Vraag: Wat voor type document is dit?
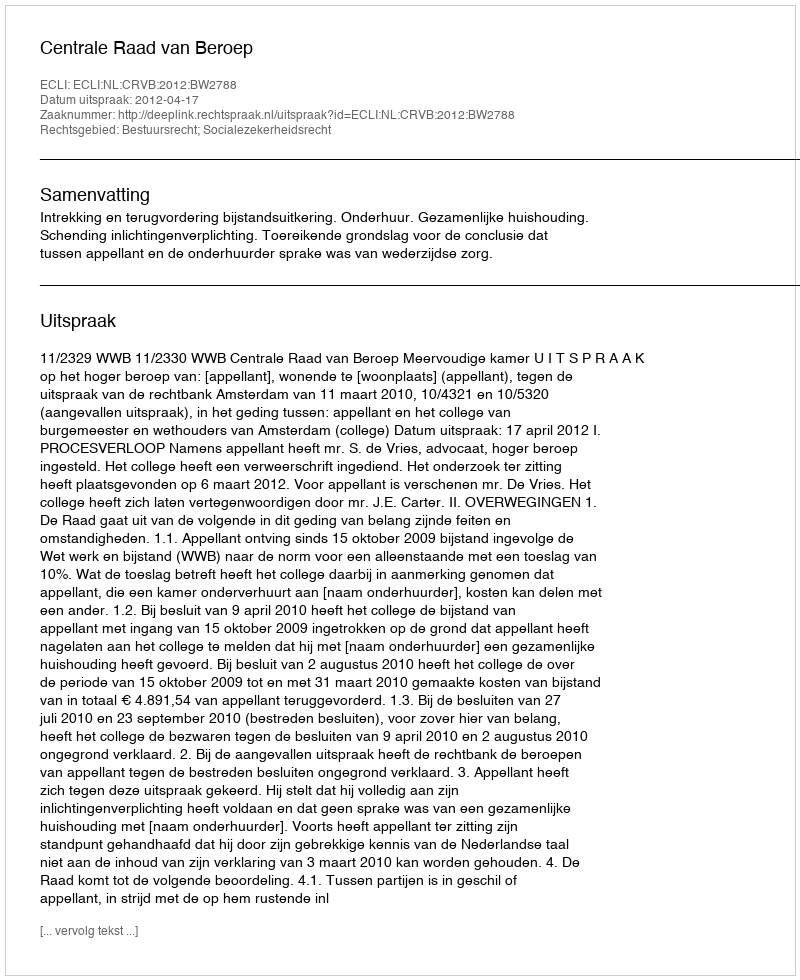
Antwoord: Uitspraak